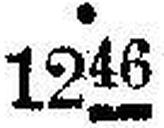
1246